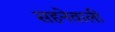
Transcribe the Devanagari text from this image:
सहनेवाली